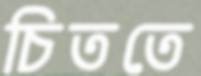
চিততে